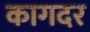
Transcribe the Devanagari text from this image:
कागदर